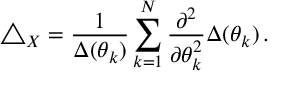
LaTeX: \triangle _ { X } = \frac { 1 } { \Delta ( \theta _ { k } ) } \sum _ { k = 1 } ^ { N } \frac { \partial ^ { 2 } } { \partial \theta _ { k } ^ { 2 } } \Delta ( \theta _ { k } ) \, .